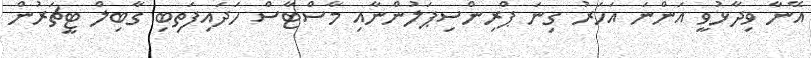
އޭނާ ވިދާޅުވީ އަންނަ އަހަރު ގިނަ ޕްރިންސިޕަލުންނާއި މާސްޓާސް ހަދައިފަތިބި ގާބިލް ޓީޗަރުން